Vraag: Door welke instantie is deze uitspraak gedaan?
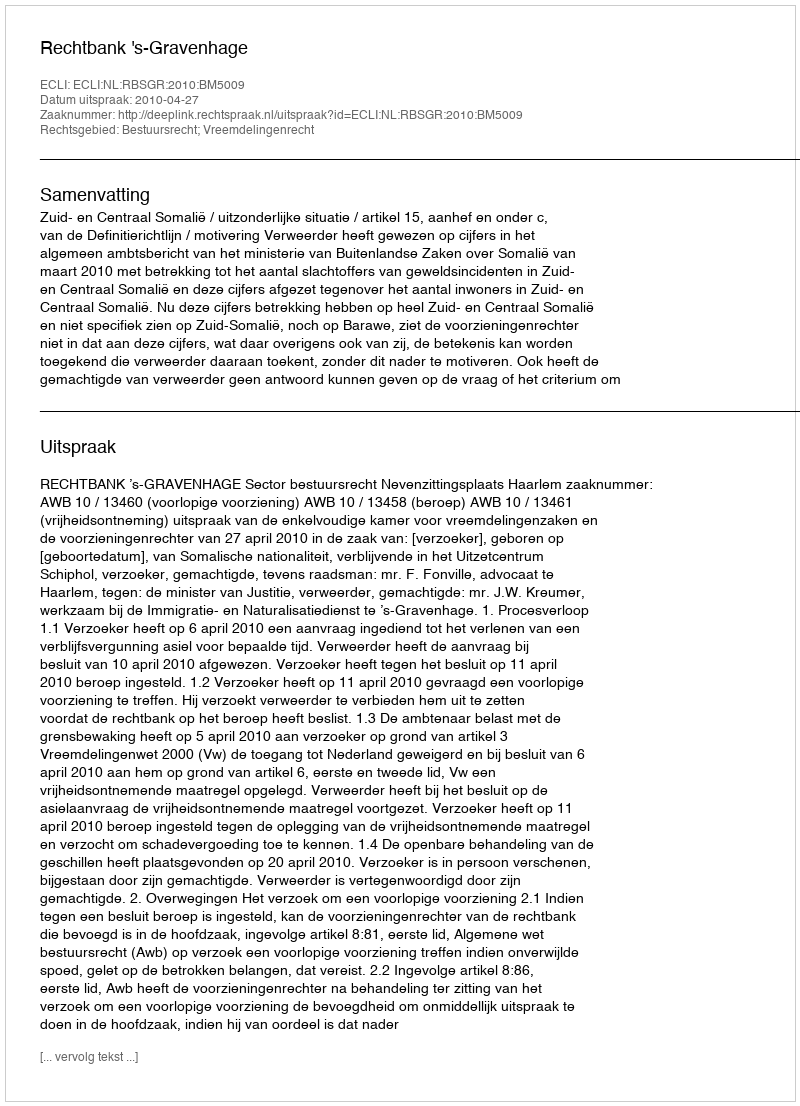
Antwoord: Rechtbank 's-Gravenhage